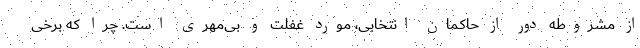
از مشروطه دور از حاکمان انتخابی، مورد غفلت و بی‌مهری است. چرا که برخی